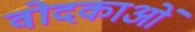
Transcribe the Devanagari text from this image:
वोदकाओं